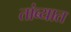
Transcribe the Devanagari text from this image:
तांब्यात